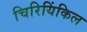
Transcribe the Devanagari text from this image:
चिरियिंकिल